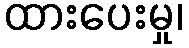
ထားပေးမှု၊